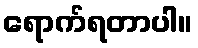
ရောက်ရတာပါ။